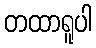
တထာရူပါ